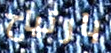
بارتياح